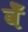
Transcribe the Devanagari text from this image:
वेँ